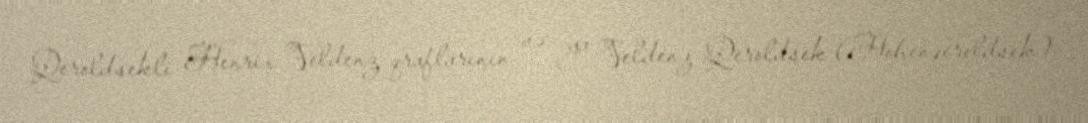
Qeroldsekli Henrix Veldenz qraflarının və ya Veldenz-Qeroldsek (Hohenqeroldsek)